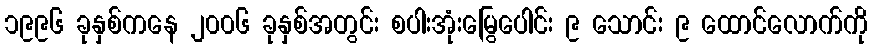
၁၉၉၆ ခုနှစ်ကနေ ၂၀၀၆ ခုနှစ်အတွင်း စပါးအုံးမြွေပေါင်း ၉ သောင်း ၉ ထောင်လောက်ကို